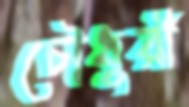
চৌধুরী